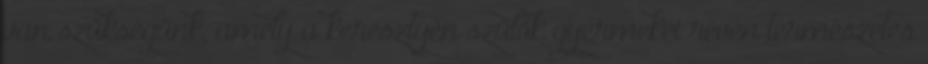
van szükségünk, amely a keresztyén szülők gyermekei révén természetes